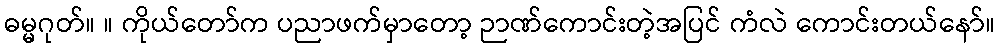
ဓမ္မဂုတ်။ ။ ကိုယ်တော်က ပညာဖက်မှာတော့ ဉာဏ်ကောင်းတဲ့အပြင် ကံလဲ ကောင်းတယ်နော်။